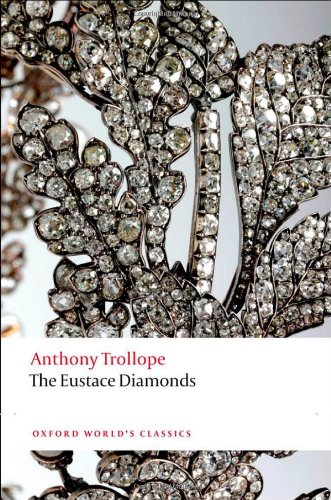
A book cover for The Eustace Diamonds (Oxford World's Classics); Anthony Trollope; Literature & Fiction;